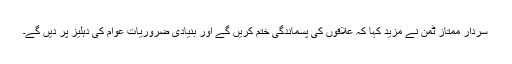
سردار ممتاز ٹمن نے مزید کہا کہ علاقوں کی پسماندگی ختم کریں گے اور بنیادی ضروریات عوام کی دہلیز پر دیں گے۔